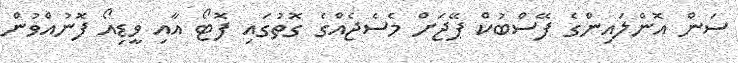
ސަން އޮންލައިންގެ ފޭސްބުކް ޕޭޖަށް މެސެޖެއްގެ ގޮތުގައި ފޮޓޯ އާއި ވީޑިއޯ ފޮނުއްވުން